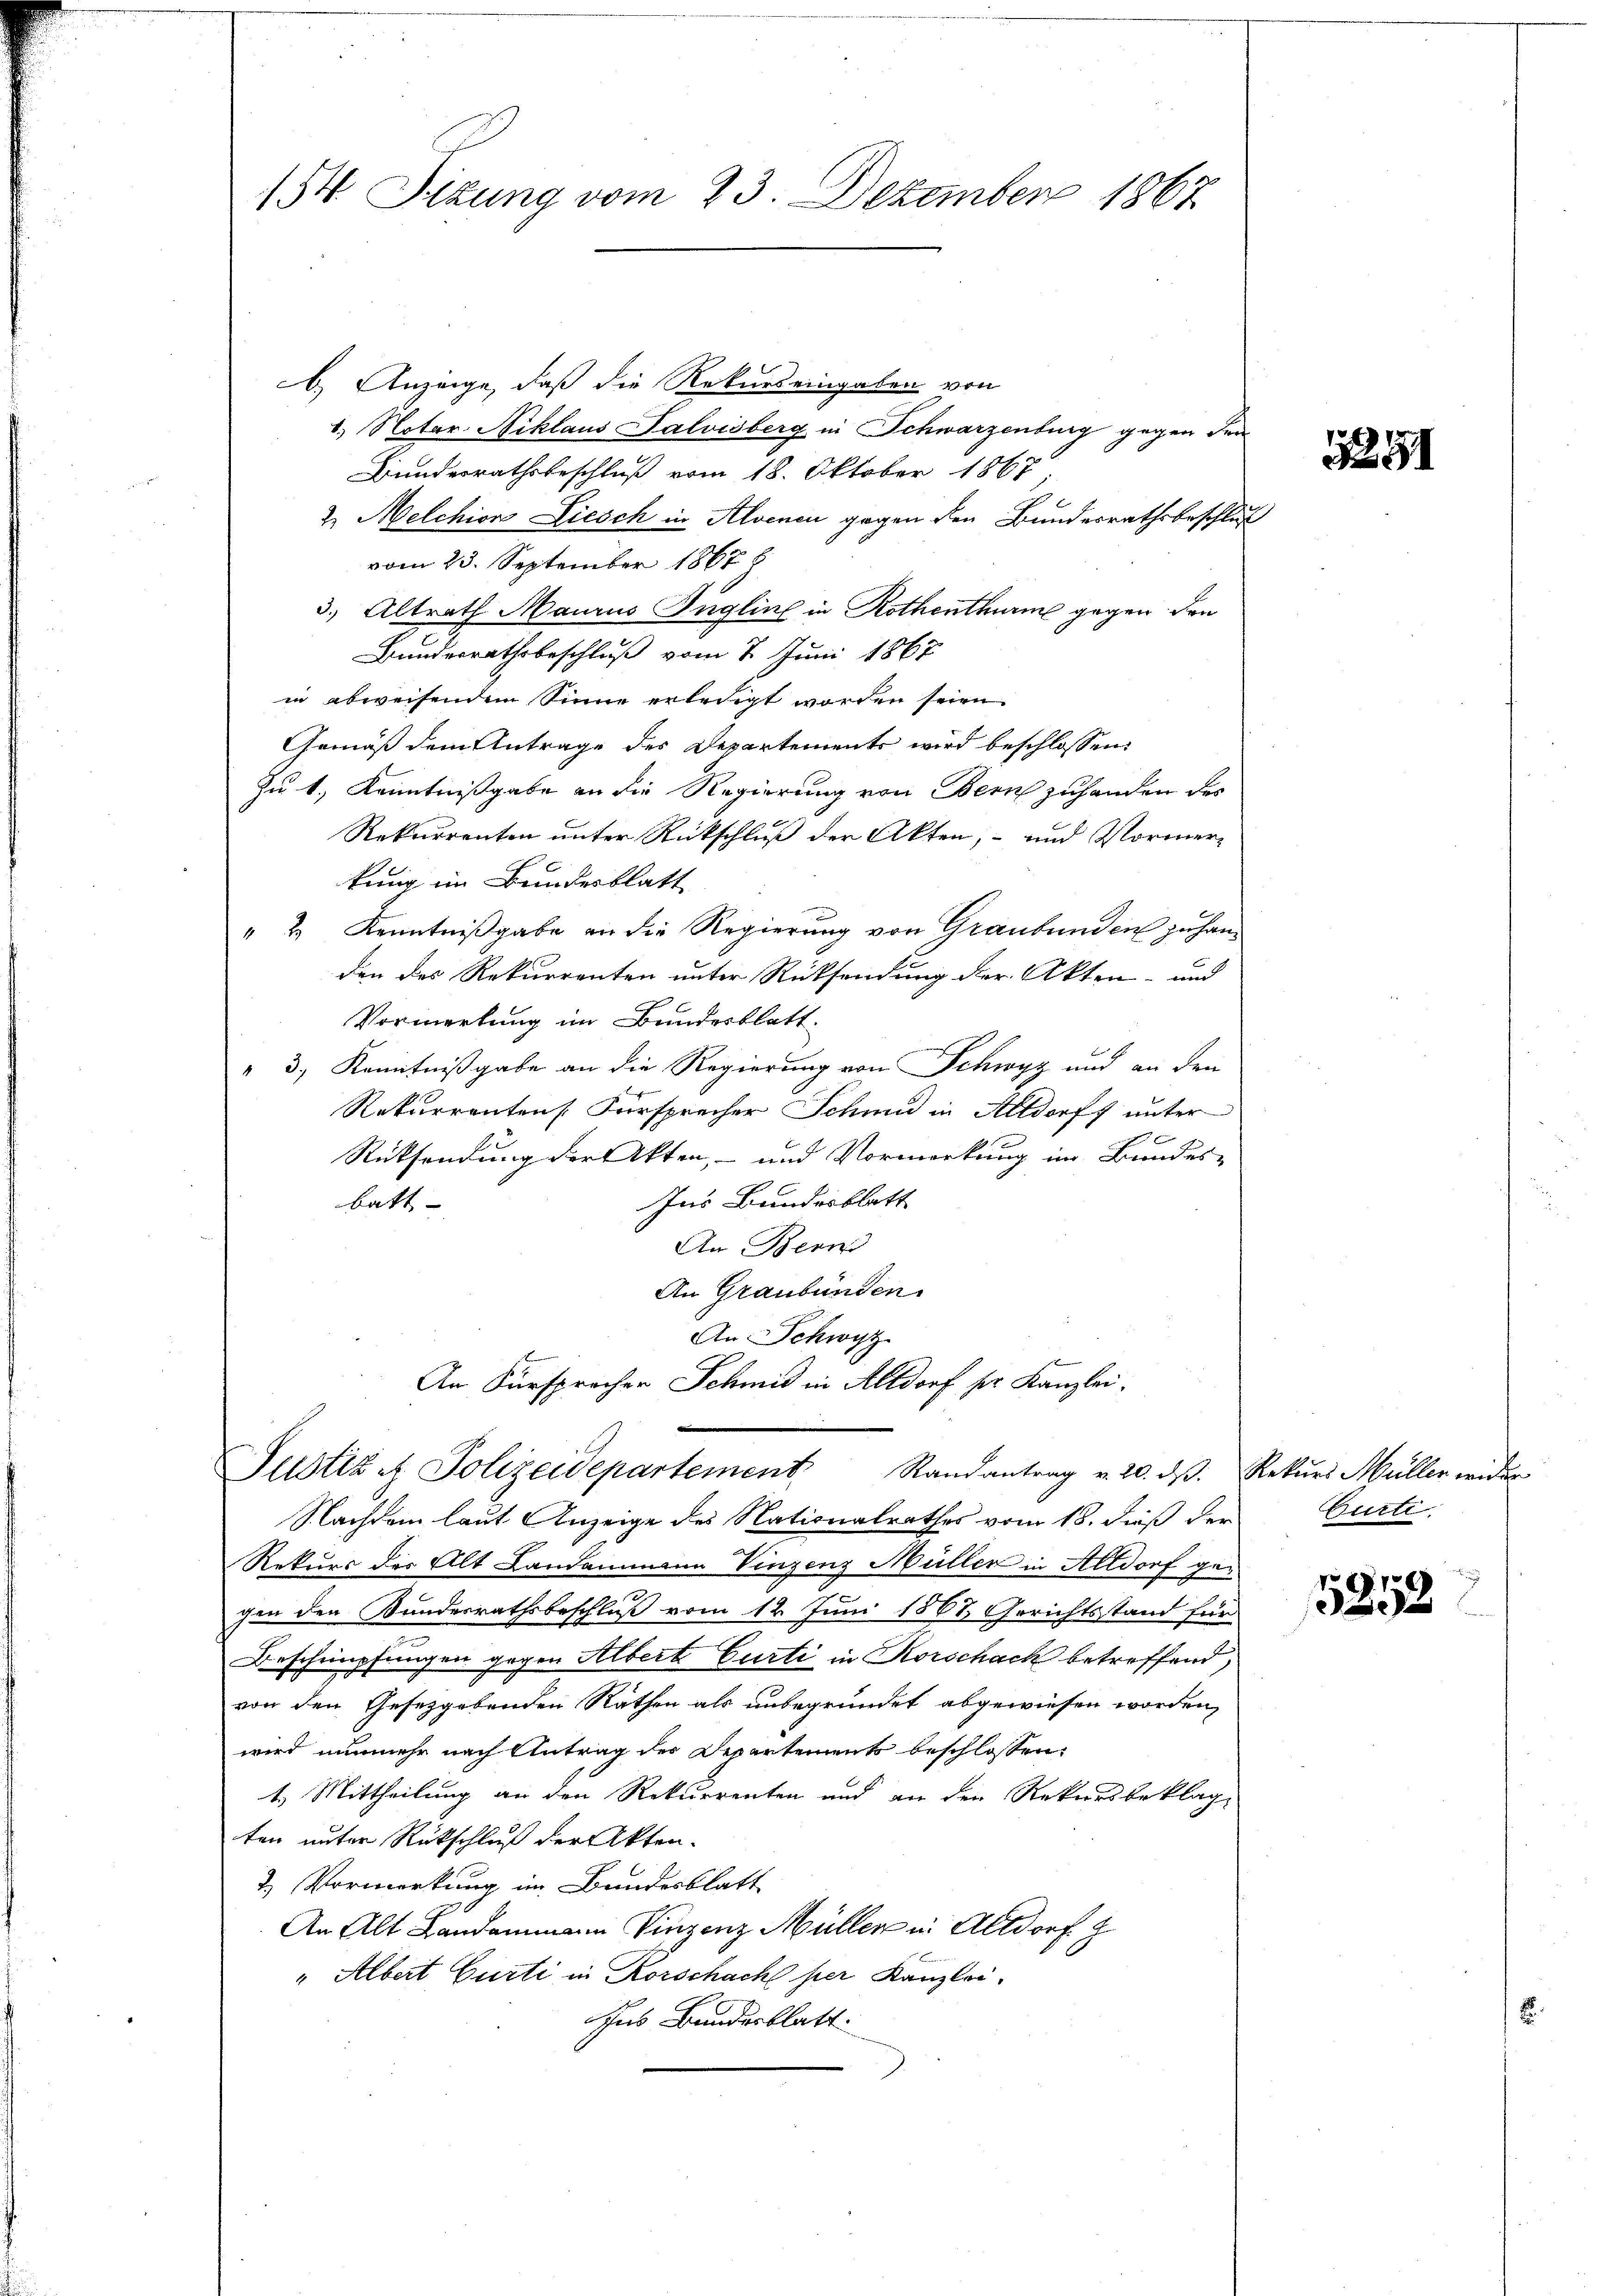
154 Sizung vom 23. Dezember 1867

6.) Anzeige, daß die Rekurs eingaben von
1.) Noter Niklaus Salvisberg in Schwarzenburg gegen den
Bundesrathsbeschluß vom 18. Oktober 1867
2. Melchion Liesch in Alvenen gegen den Bundesrathsbeschluß
vom 23. September 1867
3.) Altrath Maurus Ingline in Rothenthurm gegen den
Bundesrathsbeschluß vom 7. Juni 1867
in abweisendem Sinne erledigt worden seien.
Gemäß dem Antrage des Departements wird beschlossen:
Zu 1., Kenntnißgabe an die Regierung von Bern zuhanden des
Rekurrenten unter Rückschluß der Akten, und Vormerkung im Bundesblatt
" 2 Kenntnißgabe an die Regierung von Graubünden zu handen des Rekurrenten unter Rücksendung der Akten- und
Vormerkung im Bundesblatt.
" 3. Kenntnißgabe an die Regierung von Schwyz und an den
Benfe
Rekurrentens Fürsprecher Schmid in Altdorff unter
Rücksendung der Akten, und Vormerkung im Bundes-
Ins Bundesblatt
batt |
An Bern
An Graubünden.
An Schwyz
An Fürsprocher Schmid in Altdorf sr. Kanzlei¬

Justiz & Polizeidepartement Randantrag v. 20. dβ. Rekŭrs Müller wider

Nachdem laut Anzeige des Nationalrathes vom 18. dieß der
Rekurs des Alt Landammann Vinzenz Müller in Altdorf gegen den Kundesrathsbeschluß vom 12. Juni 1882 Gerichtsstand für
Beschimpfungen gegen Albert Curti in Korschack betreffend,
von den Gesetzgebenden Räthen als unbegründet abgewiesen worden,
wird nunmehr nach Antrag des Departements beschlossen:
1.) Mittheilung an den Rekurrenten und an den Rekursbeklage
ten unter Rückschluß der Akten.
2.) Vormerkung im Bundesblatt
An Alt Landammann Vinzenz Müller in Altdorf g
" Albert Curti in Korschach per Kanzlei.
Zus Bundesblatt.

1251

Gürte.

5252